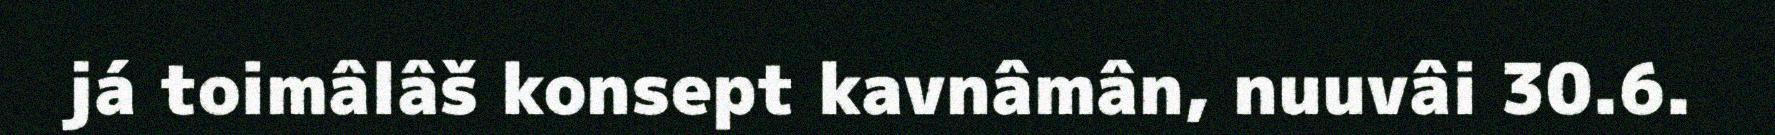
já toimâlâš konsept kavnâmân, nuuvâi 30.6.